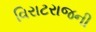
વિરાટરાજની